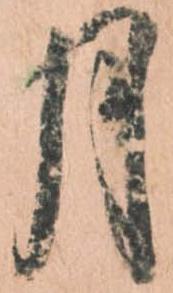
月